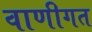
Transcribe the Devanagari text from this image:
वाणीगत